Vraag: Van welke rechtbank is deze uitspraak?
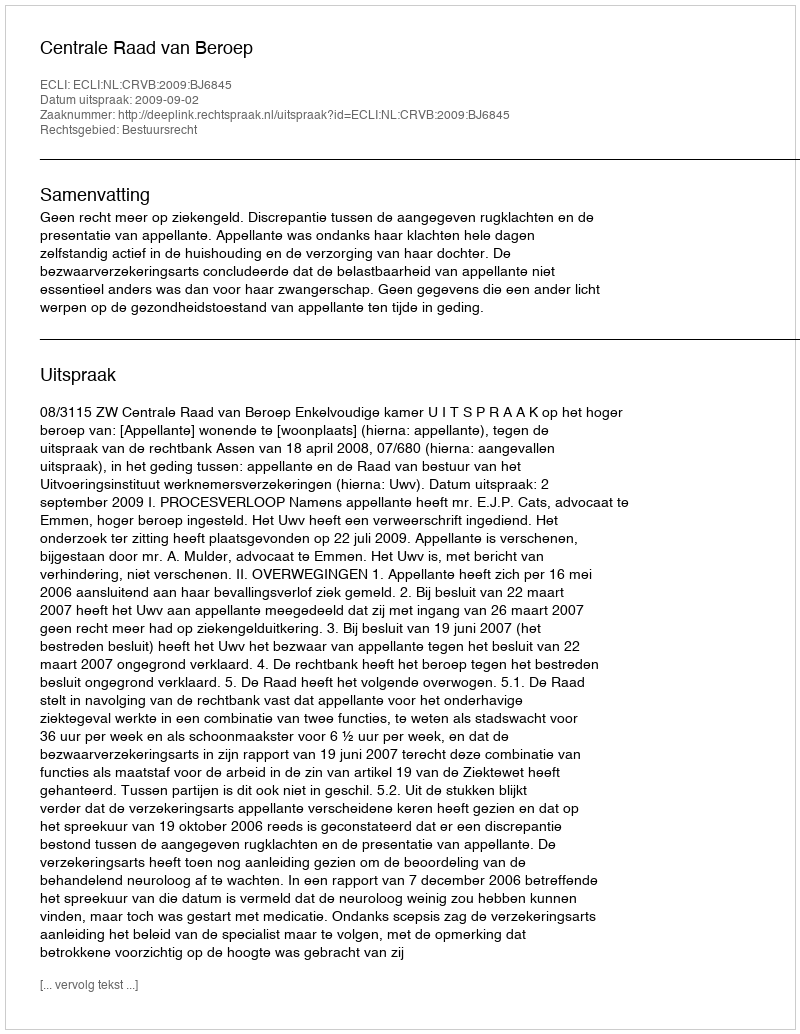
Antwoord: Centrale Raad van Beroep